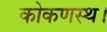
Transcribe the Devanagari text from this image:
कोकणस्थ।